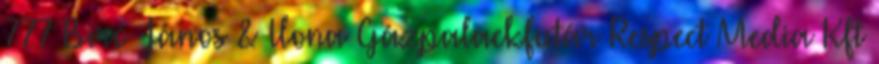
777 Biró János & Ilona Gázpalackfutár Respect Media Kft